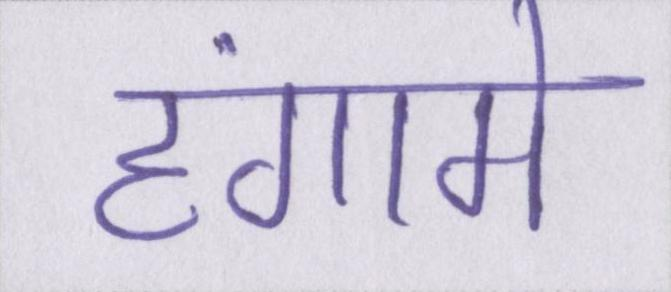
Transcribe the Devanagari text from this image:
हंगामे